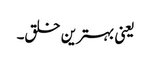
یعنی بہترین خلق۔